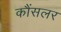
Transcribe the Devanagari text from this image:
कौंसलर